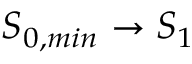
S _ { 0 , m i n } \rightarrow S _ { 1 }